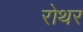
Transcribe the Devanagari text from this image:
रोथर